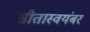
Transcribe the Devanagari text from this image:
सीतास्वयंबर